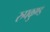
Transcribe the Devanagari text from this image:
रुपकुण्ड